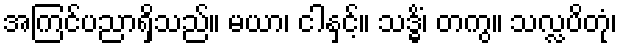
အကြင်ပညာရှိသည်။ မယာ၊ ငါနှင့်။ သဒ္ဓိံ၊ တကွ။ သလ္လပိတုံ၊